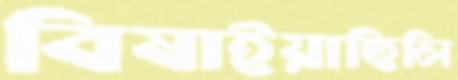
বিষাইয়াছিলি